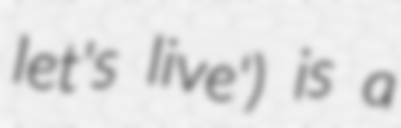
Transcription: let's live') is a